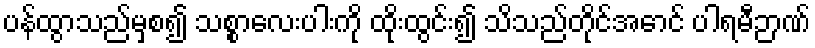
ပန်ထွာသည်မှစ၍ သစ္စာလေးပါးကို ထိုးထွင်း၍ သိသည်တိုင်အောင် ပါရမီဉာဏ်